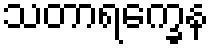
သတာရက္ခေန